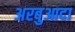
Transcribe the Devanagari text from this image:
अरबुआदा